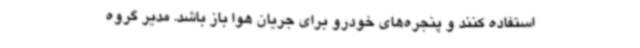
استفاده کنند و پنجره‌های خودرو برای جریان هوا باز باشد. مدیر گروه